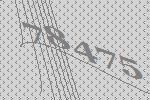
78475